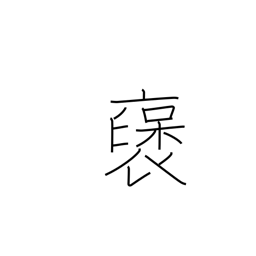
Meaning: praise